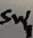
Text: Sw1